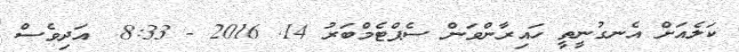
ކަލެއަށް އެނގުނީތީ ހައިރާންވަން ސެޕްޓެމްބަރު 14